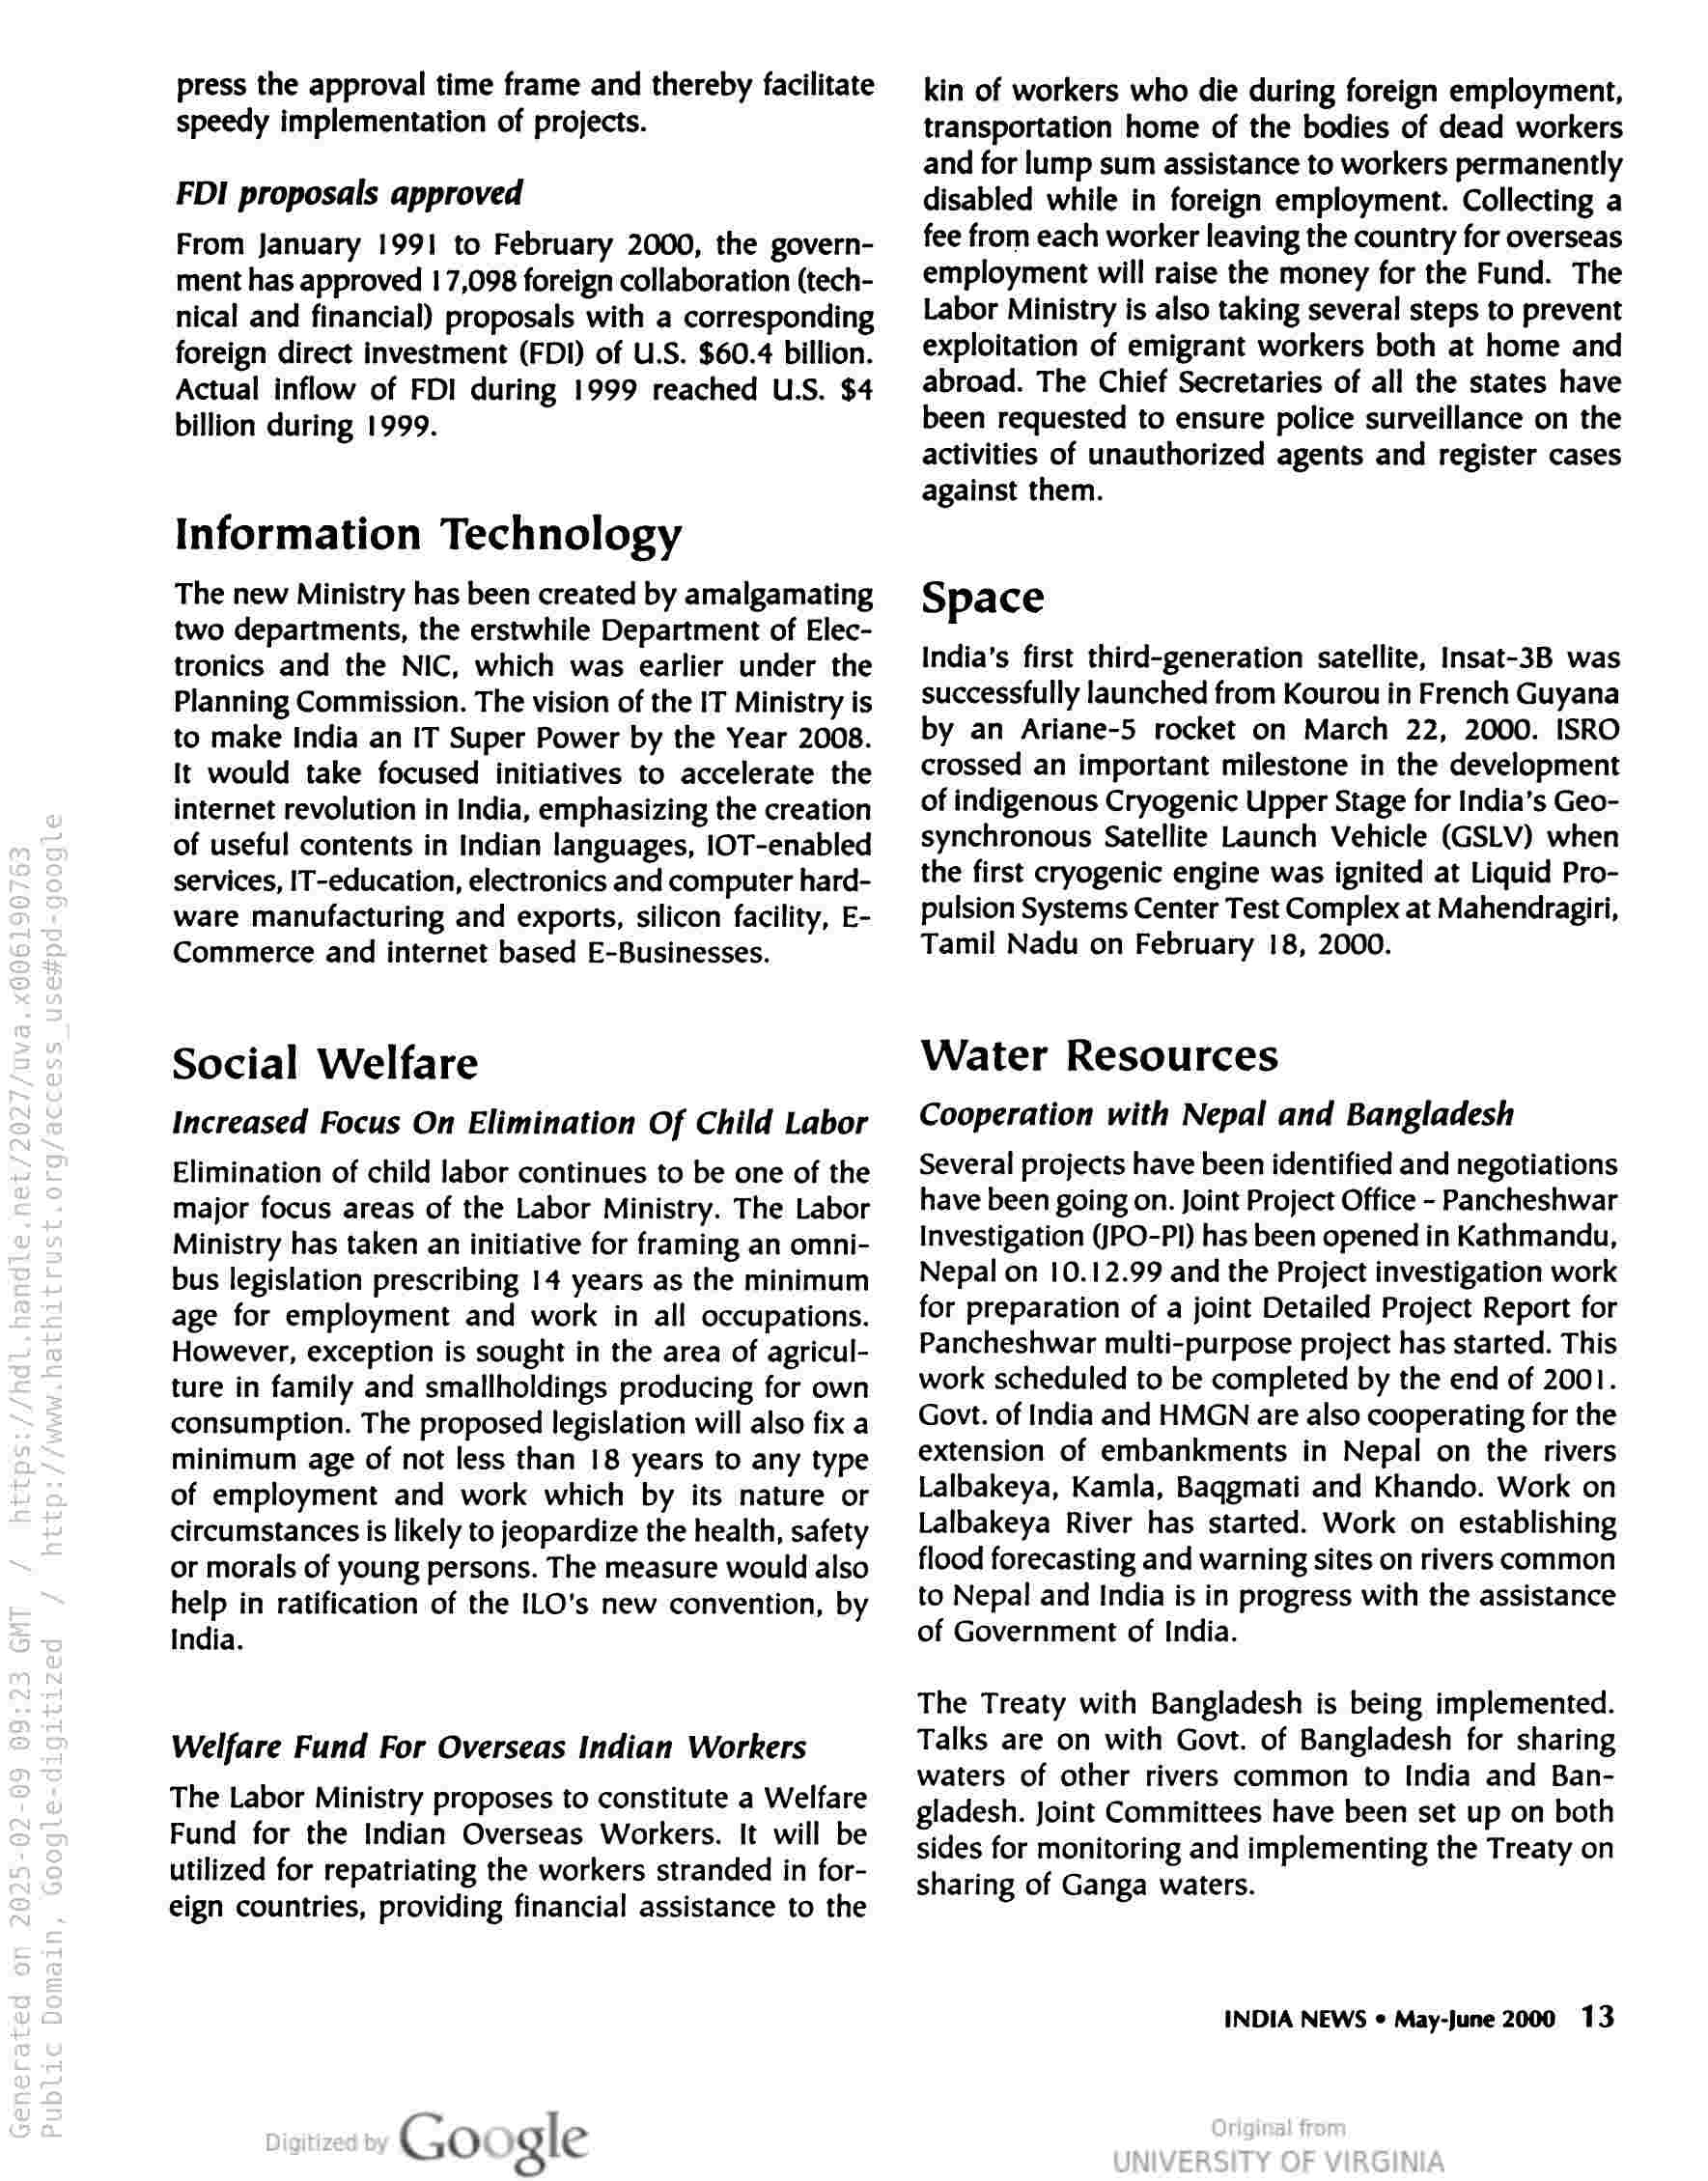
press the approval time frame and thereby facilitate
speedy implementation of projects.

FDI proposals approved

From January 1991 to February 2000, the govern-
ment has approved 17,098 foreign collaboration (tech-
nical and financial) proposals with a corresponding
foreign direct investment (FDI) of U.S. $60.4 billion.
Actual inflow of FDI during 1999 reached U.S. $4
billion during 1999.

Information Technology

The new Ministry has been created by amalgamating
two departments, the erstwhile Department of Elec-
tronics and the NIC, which was earlier under the
Planning Commission. The vision of the IT Ministry is
to make India an IT Super Power by the Year 2008.
It would take focused initiatives to accelerate the
internet revolution in India, emphasizing the creation
of useful contents in Indian languages, |OT-enabled
services, IT-education, electronics and computer hard-
ware manufacturing and exports, silicon facility, E-
Commerce and internet based E-Businesses.

Social Welfare

Increased Focus On Elimination Of Child Labor

Elimination of child labor continues to be one of the
major focus areas of the Labor Ministry. The Labor
Ministry has taken an initiative for framing an omni-
bus legislation prescribing 14 years as the minimum
age for employment and work in all occupations.
However, exception is sought in the area of agricul-
ture in family and smallholdings producing for own
consumption. The proposed legislation will also fix a
minimum age of not less than 18 years to any type
of employment and work which by its nature or
circumstances is likely to jeopardize the health, safety
or morals of young persons. The measure would also
help in ratification of the ILO’s new convention, by
India.

Welfare Fund For Overseas Indian Workers

The Labor Ministry proposes to constitute a Welfare
Fund for the Indian Overseas Workers. It will be
utilized for repatriating the workers stranded in for-
eign countries, providing financial assistance to the

Google

kin of workers who die during foreign employment,
transportation home of the bodies of dead workers
and for lump sum assistance to workers permanently
disabled while in foreign employment. Collecting a
fee from each worker leaving the country for overseas
employment will raise the money for the Fund. The
Labor Ministry is also taking several steps to prevent
exploitation of emigrant workers both at home and
abroad. The Chief Secretaries of all the states have
been requested to ensure police surveillance on the
activities of unauthorized agents and register cases
against them.

Space

India’s first third-generation satellite, Insat-3B was
successfully launched from Kourou in French Guyana
by an Ariane-5 rocket on March 22, 2000. ISRO
crossed an important milestone in the development
of indigenous Cryogenic Upper Stage for India’s Geo-
synchronous Satellite Launch Vehicle (GSLV) when
the first cryogenic engine was ignited at Liquid Pro-
pulsion Systems Center Test Complex at Mahendragiri,
Tamil Nadu on February 18, 2000.

Water Resources

Cooperation with Nepal and Bangladesh

Several projects have been identified and negotiations
have been going on. Joint Project Office - Pancheshwar
Investigation (IPO-PI) has been opened in Kathmandu,
Nepal on 10.12.99 and the Project investigation work
for preparation of a joint Detailed Project Report for
Pancheshwar multi-purpose project has started. This
work scheduled to be completed by the end of 2001.
Govt. of India and HMGN are also cooperating for the
extension of embankments in Nepal on the rivers
Lalbakeya, Kamla, Baqgmati and Khando. Work on
Lalbakeya River has started. Work on establishing
flood forecasting and warning sites on rivers common
to Nepal and India is in progress with the assistance
of Government of India.

The Treaty with Bangladesh is being implemented.
Talks are on with Govt. of Bangladesh for sharing
waters of other rivers common to India and Ban-
gladesh. Joint Committees have been set up on both
sides for monitoring and implementing the Treaty on
sharing of Ganga waters.

INDIA NEWS « May-June 2000 13